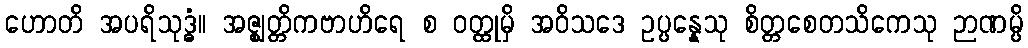
ဟောတိ အပရိသုဒ္ဓံ။ အဇ္ဈတ္တိကဗာဟိရေ စ ဝတ္ထုမှိ အဝိသဒေ ဥပ္ပန္နေသု စိတ္တစေတသိကေသု ဉာဏမ္ပိ